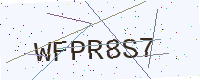
Text: WFPR8S7